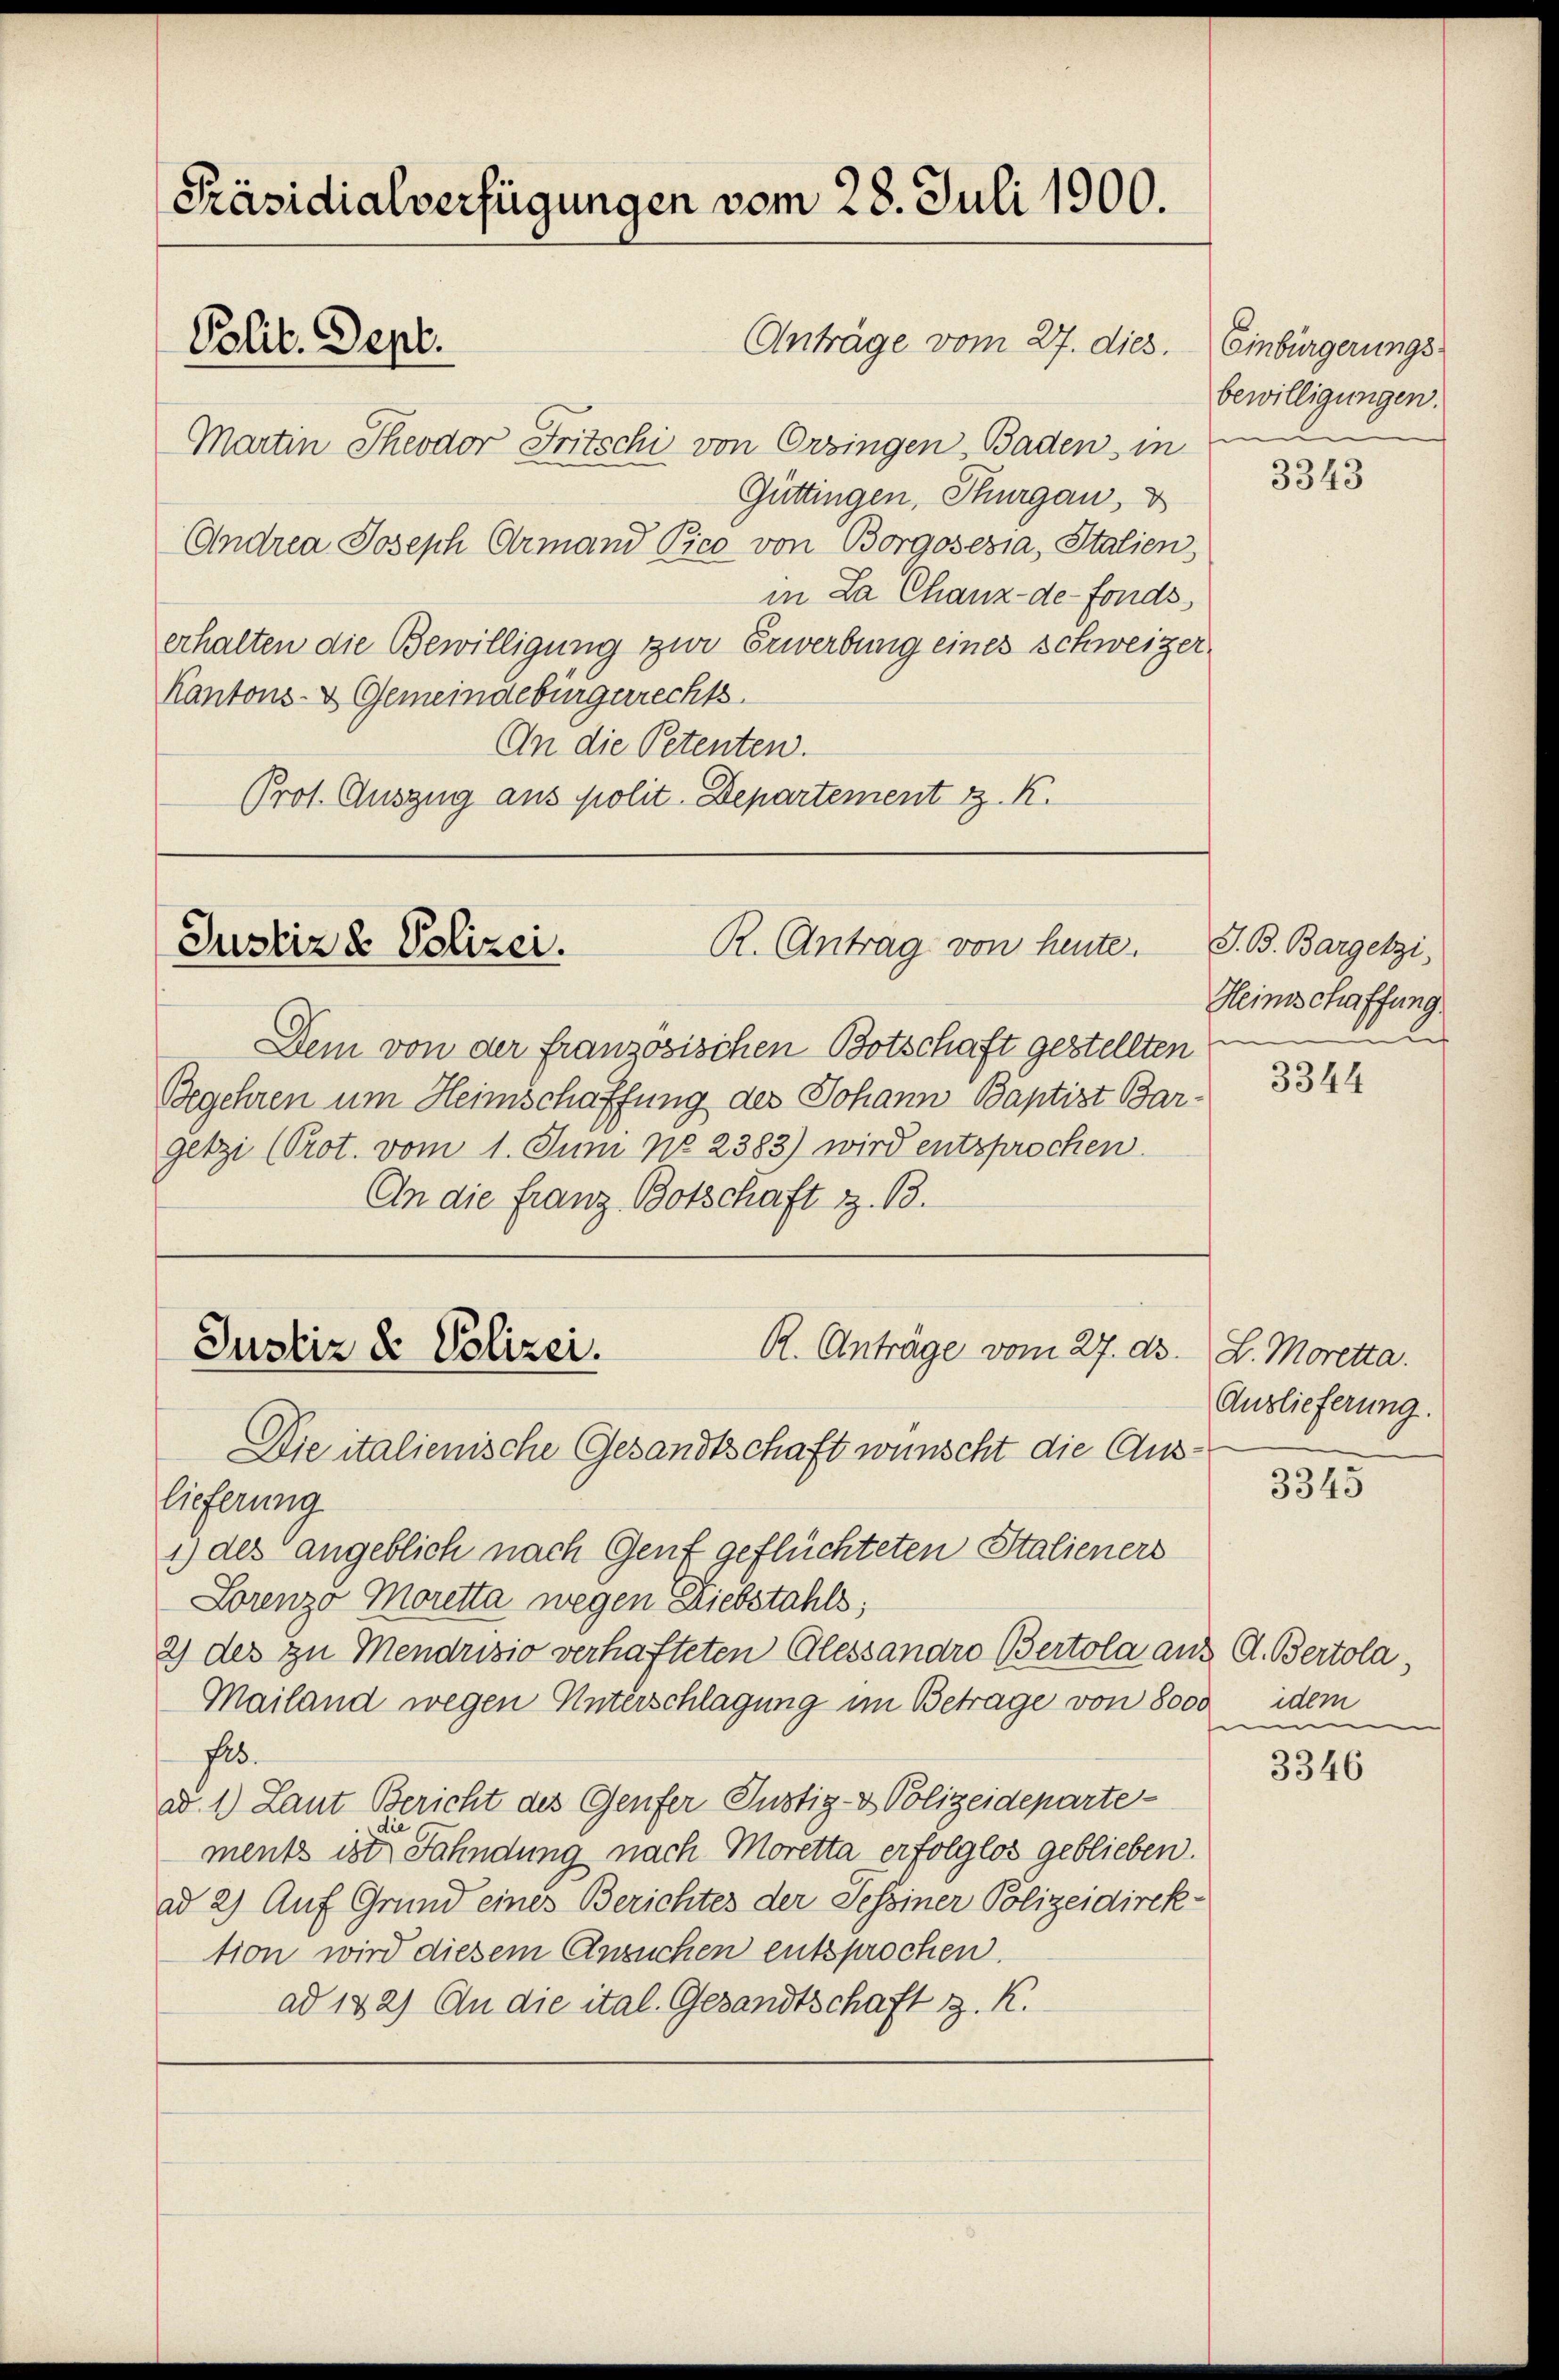
[Präsidialverfügungen vom 28. Juli 1900.
Anträge vom 27. dies.
Polit. Sept.
Martin Theodor Fritschi von Erzingen Baden, in

Güttingen, Thurgau, d
Andrea Joseph Armand Pico von Borgosesia, Italien,
in La Chanz-de-Fonds
erhalten die Bewilligung zur Erwerbung eines Schweizer¬
Kantons- & Gemeindebürgerrechts
An die Petenten.
Prot. Auszug aus polit. Departement z. K.

R. Antrag von heute.
Justiz & Polizei.

Dem von der französischen Botschaft gestellten
Begehren um Heimschaffung des Johann Baptist Bar-
getzi (Prot. vom 1. Juni No 2383) wird entsprochen.
An die Franz Botschaft z. B.

R. Anträge vom 27. d.
Justiz & Polizei.

Die italienische Gesandtschaft wünscht die Auslieferung
1) des angeblich nach Genf geflüchteten Stalieners
Lorenzo Moretta wegen Diebstahls;
2) des zu Mendrisio verhafteten Alessandro Bertola aus A. Bertola,
Mailand wegen Unterschlagung im Betrage von 8000
fs.
ad. 1.) Laut Bericht des Genfer Justiz- & Polizeideparte
die
ments ist Fahndung nach Moretta erfolglos geblieben.
ad 2) Auf Grund eines Berichtes der Tessiner Polizeidirek-
tion wird diesem Ansuchen entsprochen.
ad 142) An die ital. Gesandtschaft z. K.

Einbürgerungs
bewilligungen.

3343

S. B. Bargetzi
Heimschaffung
de

3344

L. Moretta.
Auslieferung.

3345

idem
m

3346